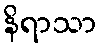
နိရာသာ